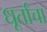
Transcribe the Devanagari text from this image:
धूर्तांचा